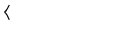
LaTeX: \langle